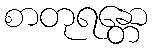
စာတုရန္တော